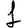
Digit: 1